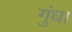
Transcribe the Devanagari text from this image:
गुंधा